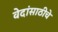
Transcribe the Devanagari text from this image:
वेदांसाठीचे